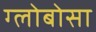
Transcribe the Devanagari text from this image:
ग्लोबोसा